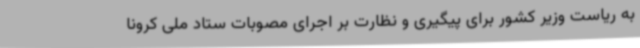
به ریاست وزیر کشور برای پیگیری و نظارت بر اجرای مصوبات ستاد ملی کرونا